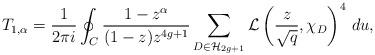
LaTeX: \begin{align*}T_{1,\alpha} = \frac{1}{2 \pi i} \oint_{C} \frac{1 - z^{\alpha}}{(1-z)z^{4g+1}} \sum_{D \in \mathcal{H}_{2g+1}} \mathcal{L} \left( \frac{z}{\sqrt{q}} , \chi_D \right)^4 \, du,\end{align*}